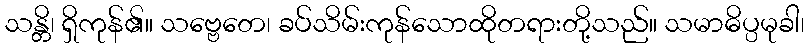
သန္တိ၊ ရှိကုန်၏။ သဗ္ဗေတေ၊ ခပ်သိမ်းကုန်သောထိုတရားတို့သည်။ သမာဓိပ္ပမုခါ၊